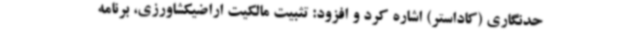
حدنگاری (کاداستر) اشاره کرد و افزود: تثبیت مالکیت اراضیکشاورزی، برنامه